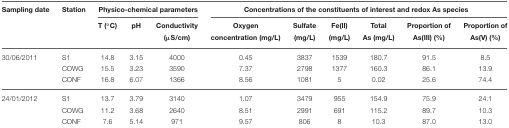
| Sampling date | Station | <COLSPAN=3> Physico-chemical parameters | <COLSPAN=6> Concentrations of the constituents of interest and redox As species |
 |  |  | T (°C) | pH | Conductivity (μS/cm) | Oxygen concentration (mg/L) | Sulfate (mg/L) | Fe(II)(mg/L) | Total As (mg/L) | Proportion of As(III) (%) | Proportion of As(V) (%) |
 | --- | --- | --- | --- | --- | --- | --- | --- | --- | --- | --- |
 | 30/06/2011 | S1 | 14.8 | 3.15 | 4000 | 0.45 | 3837 | 1539 | 180.7 | 91.5 | 8.5 |
 |  | COWG | 15.5 | 3.23 | 3590 | 7.37 | 2798 | 1377 | 160.3 | 86.1 | 13.9 |
 |  | CONF | 16.8 | 6.07 | 1366 | 8.56 | 1081 | 5 | 0.02 | 25.6 | 74.4 |
 | 24/01/2012 | S1 | 13.7 | 3.79 | 3140 | 1.07 | 3479 | 955 | 154.9 | 75.9 | 24.1 |
 |  | COWG | 11.2 | 3.68 | 2640 | 8.51 | 2991 | 691 | 115.2 | 89.7 | 10.3 |
 |  | CONF | 7.6 | 5.14 | 971 | 9.57 | 806 | 8 | 10.3 | 87.0 | 13.0 |